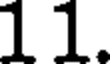
11.